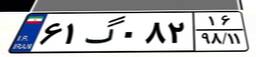
۶۱گ۰۸۲۱۶